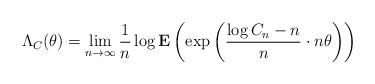
LaTeX: \begin{align*} \Lambda_C(\theta) = \lim_{n \to \infty} \frac{1}{n}\log \mathbf{E}\left(\exp{\left(\frac{\log C_n -n}{n}\cdot n\theta\right)}\right)\end{align*}